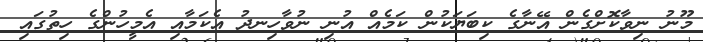
މޫނު ނިވާކޮށްގެން އޭނާގެ ކިބަޔަކުން ކަމެއް އުނި ނުވާހިނދު އެކަމާއި އެމީހުންގެ ހިތުގައި